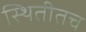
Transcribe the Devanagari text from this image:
स्थितीतच